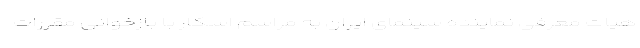
هیات معرفی نماینده سینمای ایران به مراسم اسکار با بازخوانی مقررات